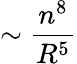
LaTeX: \sim\frac{n^{8}}{R^{5}}